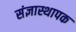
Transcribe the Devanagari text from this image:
संज्ञास्थापक